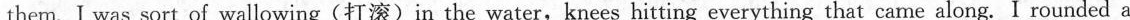
them. I was sort of wallowing (打滚) in the water, knees hitting everything that came along. I rounded a